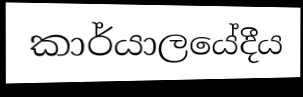
කාර්යාලයේදීය